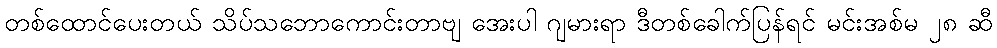
တစ်ထောင်ပေးတယ် သိပ်သဘောကောင်းတာဗျ အေးပါ ဂျမားရာ ဒီတစ်ခေါက်ပြန်ရင် မင်းအစ်မ ၂၈ ဆီ